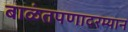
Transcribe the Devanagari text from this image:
बाळंतपणादरम्यान